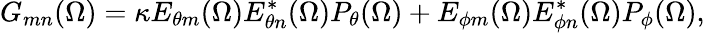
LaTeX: G_{mn}(\Omega)=\kappa E_{\theta m}(\Omega)E_{\theta n}^{*}(\Omega)P_{\theta}(\Omega)+E_{\phi m}(\Omega)E_{\phi n}^{*}(\Omega)P_{\phi}(\Omega),